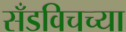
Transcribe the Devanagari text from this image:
सँडविचच्या